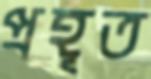
প্রহূত